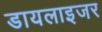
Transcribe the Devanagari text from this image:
डायलाइजर